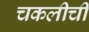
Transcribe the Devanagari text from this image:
चकलीची